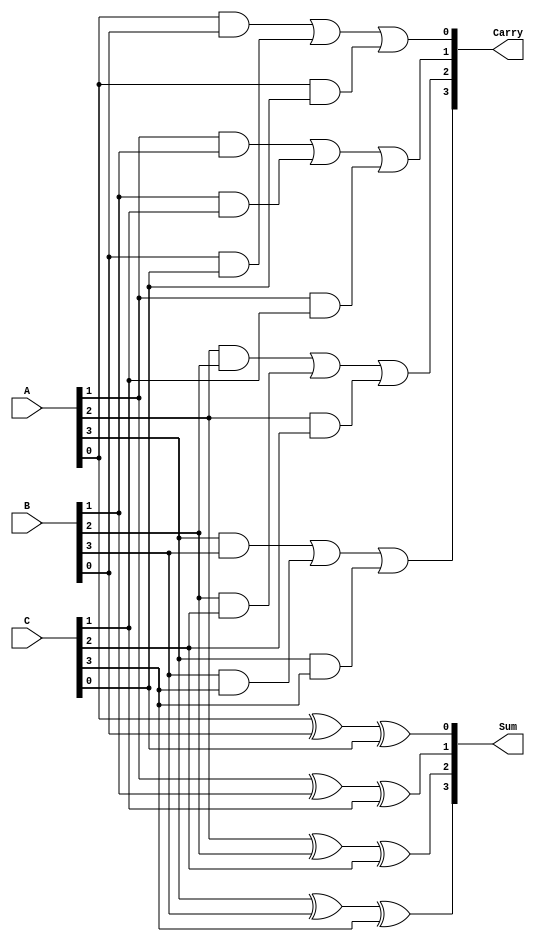
module CarrySaveAdder #(parameter N = 4) (
    input  [N-1:0] A,
    input  [N-1:0] B,
    input  [N-1:0] C,
    output [N-1:0] Sum,
    output [N-1:0] Carry
);

// Intermediate wires for the sum and carry outputs of the full adders
wire [N-1:0] sum_temp;
wire [N-1:0] carry_temp;

// Full Adder for each bit
genvar i;
generate
    for (i = 0; i < N; i = i + 1) begin : full_adder
        // Full adder logic: Sum = A ^ B ^ C, Carry = (A & B) | (B & C) | (A & C)
        assign sum_temp[i] = A[i] ^ B[i] ^ C[i];
        assign carry_temp[i] = (A[i] & B[i]) | (B[i] & C[i]) | (A[i] & C[i]);
    end
endgenerate

// Final sum and carry outputs
assign Sum = sum_temp; // Final sum after carry save addition
assign Carry = carry_temp; // Final carry after carry save addition

endmodule